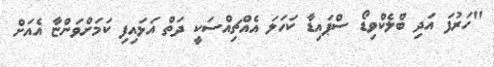
"ހަރުފަ އަދި ބްލެކްވިޑޯ ސްޕައިޑާ ކަހަލަ އެއްޗިއްސަކީ ދަތް އަޅައިފި ކަމަށްވަންޏާ އެއަށް